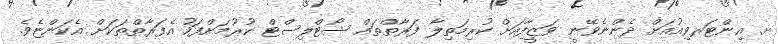
ށ. އިންޓަރވިއުއަށް ދެންނެވޭނީ ވަޒީފާއަށް ކުރިމަތިލާ ފަރާތްތައް ޝޯޓްލިސްޓް ކުރުމަށްފަހު އެފަރާތްތަކަށް އެކަންޏެވެ.